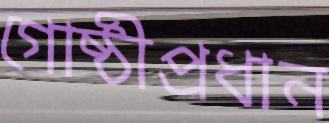
গোষ্ঠীপ্রধান